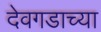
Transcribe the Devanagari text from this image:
देवगडाच्या